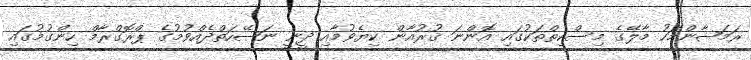
ރަމަޟާންމަހު މާލޭގެ މިސްކިތްތަކުގައި އޮންނަ ޤުރުއާން ކިޔެވުމާއި ދީނީ ނަޞޭހަތްދެއްވުމުގެ ޕްރޮގްރާމް ހިންގުމުގައި